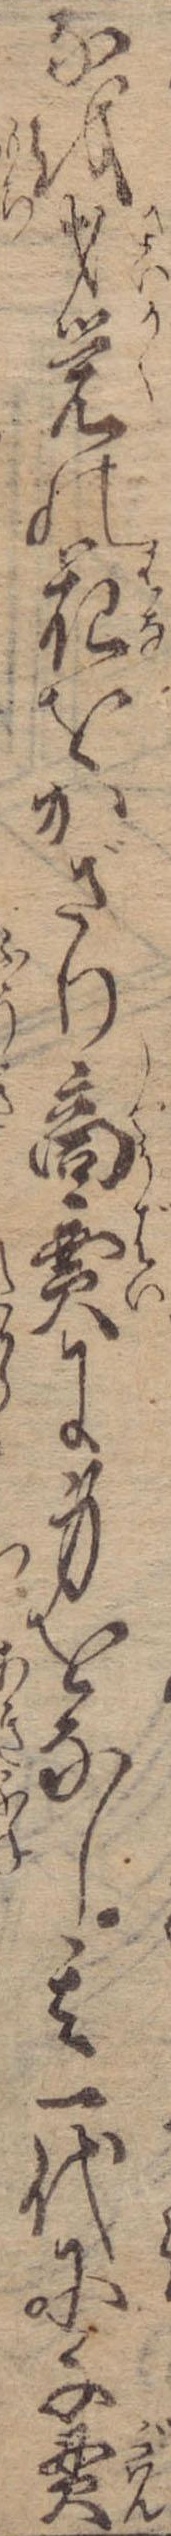
なを才覚の花をかざり商売に身をなし其一代に千貫